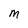
Character: M